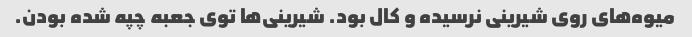
میوه‌های روی شیرینی نرسیده و کال بود. شیرینی‌ها توی جعبه چپه شده بودن.